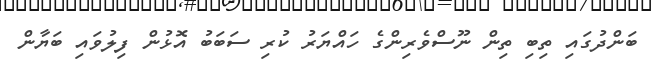
ބަންދުގައި ތިބި ތިން ނޫސްވެރިންގެ ހައްޔަރު ކުރި ސަބަބު އޮޅުން ފިލުވައި ބަޔާން